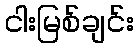
ငါးမြစ်ချင်း